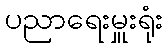
ပညာရေးမှူးရုံး